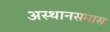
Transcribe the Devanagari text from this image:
अस्थानसमास